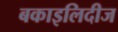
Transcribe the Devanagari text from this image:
बकाइलिदीज